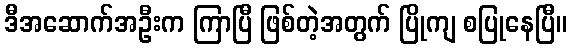
ဒီအဆောက်အဦးက ကြာပြီ ဖြစ်တဲ့အတွက် ပြိုကျ စပြုနေပြီ။